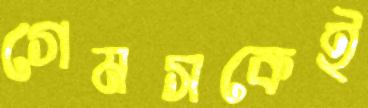
গেমসকেই